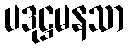
ပဒုဋ္ဌမနသာ